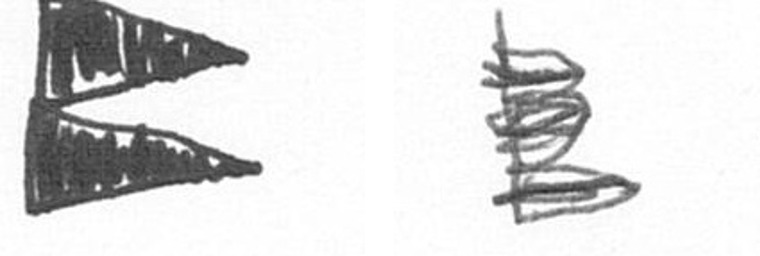
P H